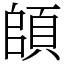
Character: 頧